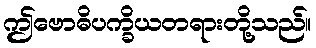
ဤဗောဓိပက္ခိယတရားတို့သည်။